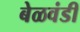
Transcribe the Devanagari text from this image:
बेळवंडी